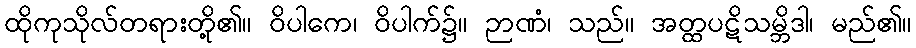
ထိုကုသိုလ်တရားတို့၏။ ဝိပါကေ၊ ဝိပါက်၌။ ဉာဏံ၊ သည်။ အတ္ထပဋိသမ္ဘိဒါ၊ မည်၏။